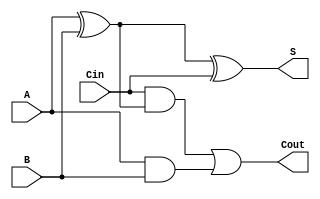
module full_adder_1bit(A, B, Cin, S, Cout);
input A, B, Cin;
output S, Cout;
wire S1, C1, C2;

// Determine S
assign S1 = A ^ B;
assign S = S1 ^ Cin;

// Determine Cout
assign C1 = Cin & S1;
assign C2 = A & B;
assign Cout = C1 | C2;

endmodule